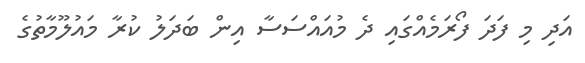
އަދި މި ފަދަ ފޯރަމެއްގައި ދެ މުއައްސަސާ އިން ބަދަލު ކުރާ މައުލޫމާތުގެ